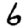
Digit: 6